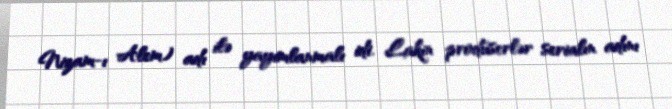
Nizam-ı Alem) adı ilə yayımlanmalı idi. Lakin prodüserlər serialın adını